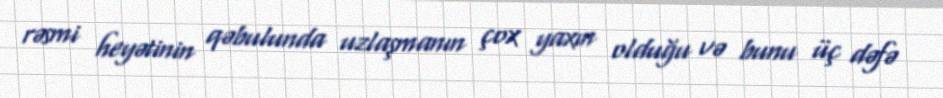
rəsmi heyətinin qəbulunda uzlaşmanın çox yaxın olduğu və bunu üç dəfə